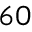
{ } ^ { 6 0 }